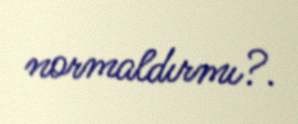
normaldırmı?.